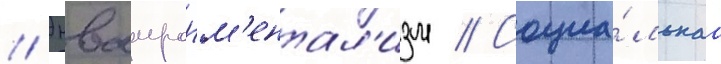
// Энваиронм'ентал'изм // Социа́льнаа